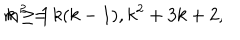
m ^ { 2 } = k ( k - 1 ) , k ^ { 2 } + 3 k + 2 , \hspace { 1 c m } k \geq 1